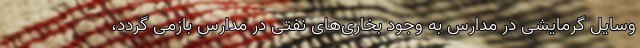
وسایل گرمایشی در مدارس به وجود بخاری‌های نفتی در مدارس بازمی گردد،